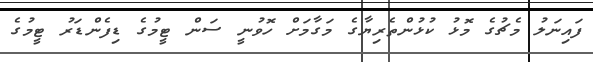
ފައިނަލު މެޗުގެ މޮޅު ކުޅުންތެރިޔާގެ މަގާމަށް ހޮވުނީ ސަން ޓީމުގެ ޑިފެންޑަރު ޓީމުގެ